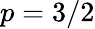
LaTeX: p=3/2